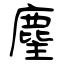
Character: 麈